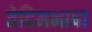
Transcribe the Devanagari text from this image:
तेदिमभाषा